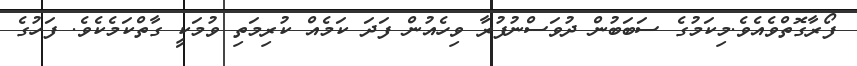
ފޯރާގޮތްވެއެވެ.މިކަމުގެ ސަބަބުން ދުވަސްނުފުރާ ވިހެއުން ފަދަ ކަމެއް ކުރިމަތި ވުމަކީ ގާތްކަމެކެވެ. ފަހުގެ